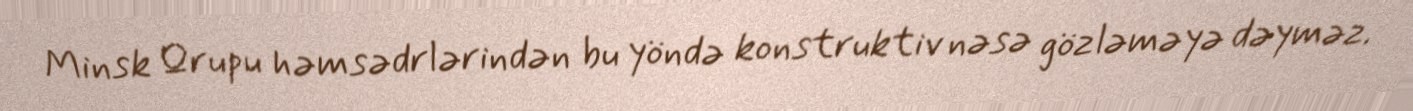
Minsk Qrupu həmsədrlərindən bu yöndə konstruktiv nəsə gözləməyə dəyməz.